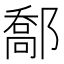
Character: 𨝰